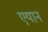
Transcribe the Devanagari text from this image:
एयान